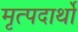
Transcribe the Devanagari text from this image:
मृत्पदार्थो